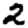
Digit: 2